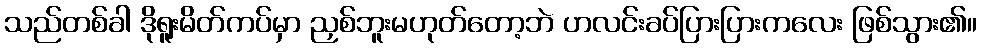
သည်တစ်ခါ ဒိုရူးမိတ်ကပ်မှာ ညှစ်ဘူးမဟုတ်တော့ဘဲ ပာလင်းခပ်ပြားပြားကလေး ဖြစ်သွား၏။